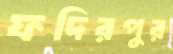
ফদিরপুর